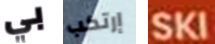
بي إرتكب SKI